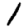
Digit: 1